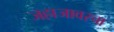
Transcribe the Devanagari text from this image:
जहाजावरचा